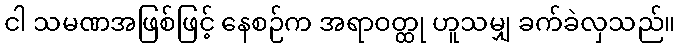
ငါ သမဏအဖြစ်ဖြင့် နေစဉ်က အရာဝတ္ထု ဟူသမျှ ခက်ခဲလှသည်။